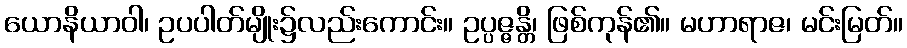
ယောနိယာဝါ၊ ဥပပါတ်မျိုး၌လည်းကောင်း။ ဥပ္ပဇ္ဇန္တိ၊ ဖြစ်ကုန်၏။ မဟာရာဇ၊ မင်းမြတ်။